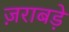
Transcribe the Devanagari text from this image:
ज़राबड़े